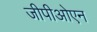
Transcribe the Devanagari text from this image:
जीपीओएन